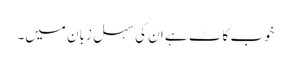
خوب کاٹ ہے ان کی سہل زبان میں۔